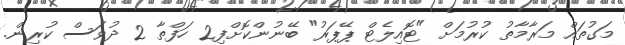
މަގުތައް މަރާމާތު ކުރުމަށް "ޓޮއިލެޓް ޕޭޕަރު" ބޭނުންކޮށްފި2 ހަފްތާ 2 ދުވަސް ކުރިން.